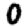
Digit: 0